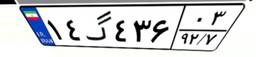
۹۱گ۹۸۷۴۵